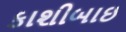
કાશીબાઇ